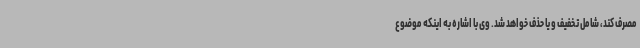
مصرف کند، شامل تخفیف و یا حذف خواهد شد. وی با اشاره به اینکه موضوع